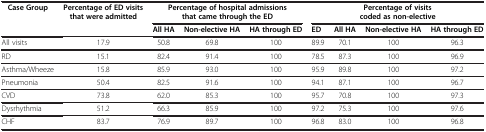
| <ROWSPAN=2> Case Group | <ROWSPAN=2> Percentage of ED visits that were admitted | <COLSPAN=3> Percentage of hospital admissions that came through the ED | <COLSPAN=4> Percentage of visits coded as non-elective |
 | All HA | Non-elective HA | HA through ED | ED | All HA | Non-elective HA | HA through ED |
 | --- | --- | --- | --- | --- | --- | --- | --- | --- |
 | All visits | 17.9 | 50.8 | 69.8 | 100 | 89.9 | 70.1 | 100 | 96.3 |
 | RD | 15.1 | 82.4 | 91.4 | 100 | 78.5 | 87.3 | 100 | 96.9 |
 | Asthma/Wheeze | 15.8 | 85.9 | 93.0 | 100 | 95.9 | 89.8 | 100 | 97.2 |
 | Pneumonia | 50.4 | 82.5 | 91.6 | 100 | 94.1 | 87.1 | 100 | 96.7 |
 | CVD | 73.8 | 62.0 | 85.3 | 100 | 95.7 | 70.8 | 100 | 97.3 |
 | Dysrhythmia | 51.2 | 66.3 | 85.9 | 100 | 97.2 | 75.3 | 100 | 97.6 |
 | CHF | 83.7 | 76.9 | 89.7 | 100 | 96.8 | 83.0 | 100 | 96.8 |